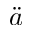
\ddot { a }